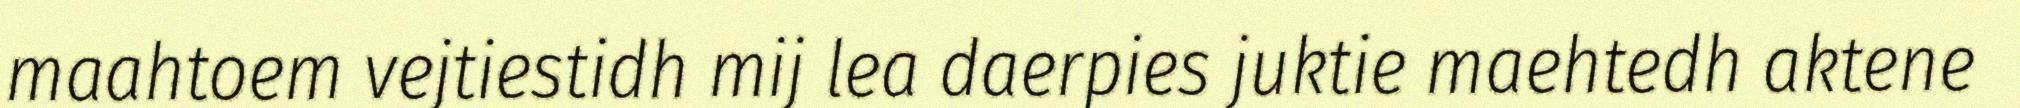
maahtoem vejtiestidh mij lea daerpies juktie maehtedh aktene